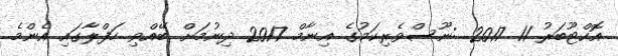
އޮކްޓޫބަރު 11 2017 :ނޫސްވެރިކަމުގެ އިނާމް 2017 ދިނުމަށް ބޭއްވި ހަފްލާގައި އެންމެ